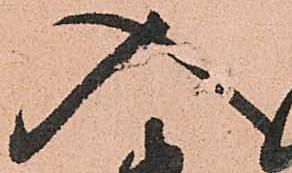
入